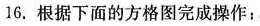
16. 根据下面的方格图完成操作：